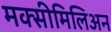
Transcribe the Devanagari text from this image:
मक्सीमिलिअन